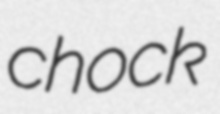
chock